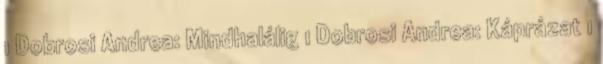
1 Dobrosi Andrea: Mindhalálig 1 Dobrosi Andrea: Káprázat 1